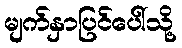
မျက်နှာပြင်ပေါ်သို့